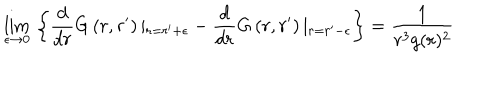
\lim _ { \epsilon \to 0 } \, \left\{ \frac { d } { d r } G \left( r , r ^ { \prime } \right) \vert _ { r = r ^ { \prime } + \epsilon } - \frac { d } { d r } G \left( r , r ^ { \prime } \right) \vert _ { r = r ^ { \prime } - \epsilon } \right\} = \frac { 1 } { r ^ { 3 } g ( r ) ^ { 2 } }